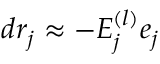
d r _ { j } \approx - E _ { j } ^ { ( l ) } e _ { j }